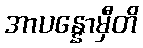
အာပန္နောမှီတိ